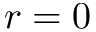
r = 0